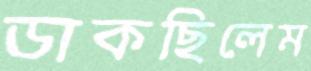
ডাকছিলেম